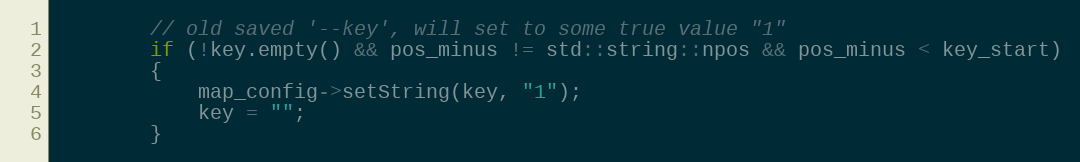
Language: C++
        // old saved '--key', will set to some true value "1"
        if (!key.empty() && pos_minus != std::string::npos && pos_minus < key_start)
        {
            map_config->setString(key, "1");
            key = "";
        }